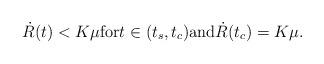
LaTeX: \begin{align*}\dot R(t) < K\mu \mbox{for} t\in (t_s, t_c) \mbox{and} \dot R(t_c) = K\mu.\end{align*}